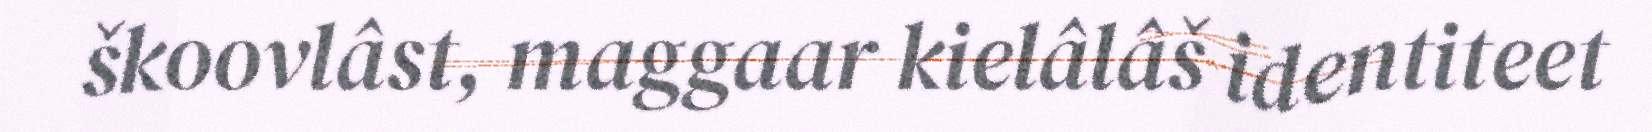
škoovlâst, maggaar kielâlâš identiteet